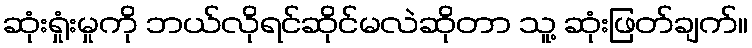
ဆုံးရှုံးမှုကို ဘယ်လိုရင်ဆိုင်မလဲဆိုတာ သူ့ ဆုံးဖြတ်ချက်။